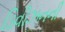
ડિવીઝનની